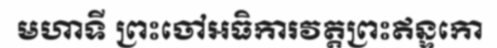
មហាទី ព្រះចៅអធិការវត្តព្រះឥន្ទកោ